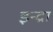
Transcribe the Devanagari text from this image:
इन्द्रा